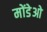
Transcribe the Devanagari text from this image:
मोंडेओ